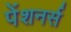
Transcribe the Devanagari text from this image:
पेंशनर्स